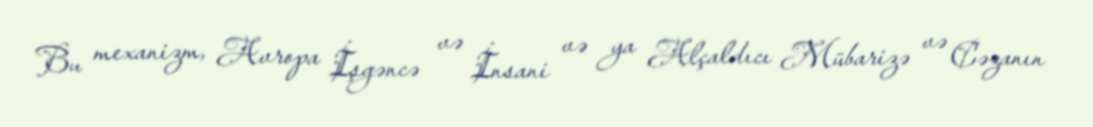
Bu mexanizm, Avropa İşgəncə və İnsani və ya Alçaldıcı Mübarizə və Cəzanın